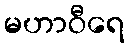
မဟာဝီရေ